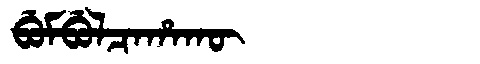
Manchu: ᠪᡠᠮᠪᡠᠯᠴᠠᡥᠠᡴᡡ
Romanization: BUMBULCAHAKŪ